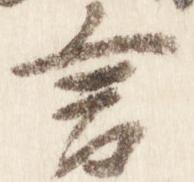
言